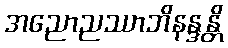
အညောညဿာဘိနန္ဒန္တိ